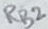
Text: RB2